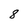
Character: 8